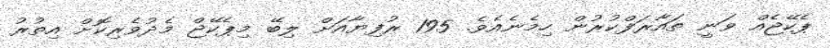
ޕެކޭޖެއް ވަނީ ތައާރަފްކުރުން ހިމެނެއެވެ. 195 ރުފިޔާއަށް ލިބޭ މިޕެކޭޖް މެދުވެރިކޮށް އިތުރު